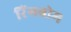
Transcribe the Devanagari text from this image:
रिंगबोम